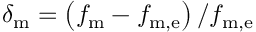
\delta _ { \mathrm { m } } = \left( f _ { \mathrm { m } } - f _ { \mathrm { m , e } } \right) / f _ { \mathrm { m , e } }